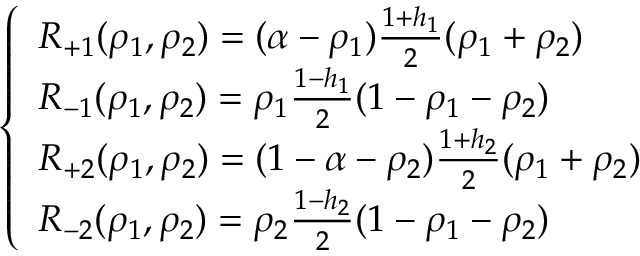
\left\{ \begin{array} { l l } { R _ { + 1 } ( \rho _ { 1 } , \rho _ { 2 } ) = ( \alpha - \rho _ { 1 } ) \frac { 1 + h _ { 1 } } { 2 } ( \rho _ { 1 } + \rho _ { 2 } ) } \\ { R _ { - 1 } ( \rho _ { 1 } , \rho _ { 2 } ) = \rho _ { 1 } \frac { 1 - h _ { 1 } } { 2 } ( 1 - \rho _ { 1 } - \rho _ { 2 } ) } \\ { R _ { + 2 } ( \rho _ { 1 } , \rho _ { 2 } ) = ( 1 - \alpha - \rho _ { 2 } ) \frac { 1 + h _ { 2 } } { 2 } ( \rho _ { 1 } + \rho _ { 2 } ) } \\ { R _ { - 2 } ( \rho _ { 1 } , \rho _ { 2 } ) = \rho _ { 2 } \frac { 1 - h _ { 2 } } { 2 } ( 1 - \rho _ { 1 } - \rho _ { 2 } ) } \end{array} \right.